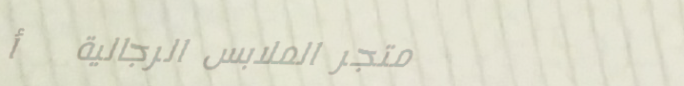
متجر الملابس الرجالية   أ